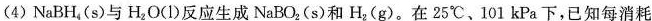
(4)NaBH_{4}(s)与H_{2}O(1)反应生成NaBO_{2}(s)和H_{2}(g)。在25^{\circ}C、101kPa下，已知每消耗